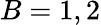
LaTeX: B=1,2